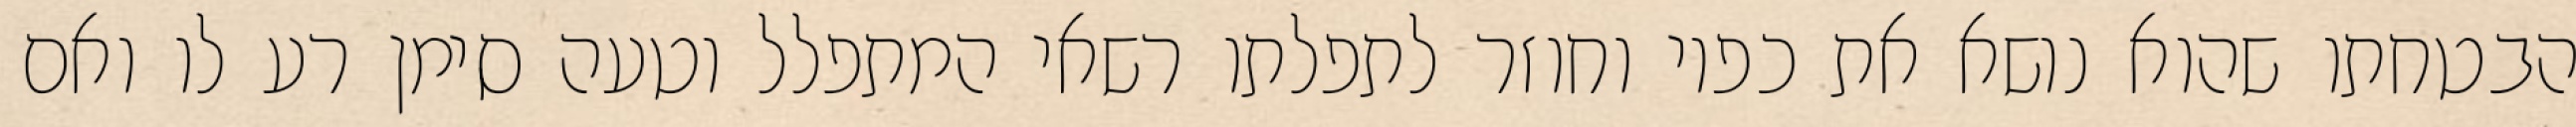
הבטחתו שהוא נושא את כפיו וחוזר לתפלתו רשאי המתפלל וטעה סימן רע לו ואם